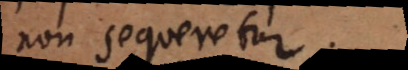
non sequeretur.